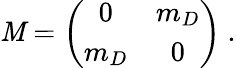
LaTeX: \mathit{M}=\left(\begin{array}{cc}{{0}}&{{m_{D}}}\\ {{m_{D}}}&{{0}}\end{array}\right)~.